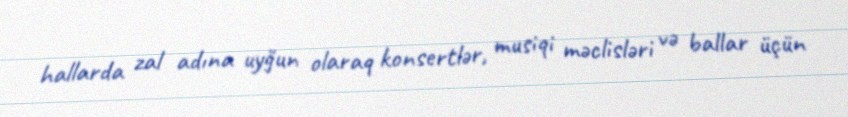
hallarda zal adına uyğun olaraq konsertlər, musiqi məclisləri və ballar üçün